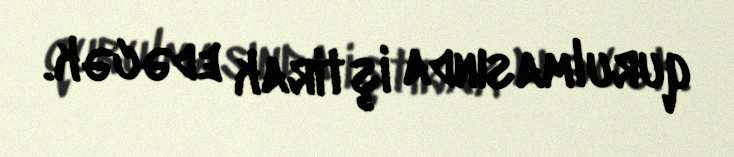
qurulmasında iştirak edəcək.